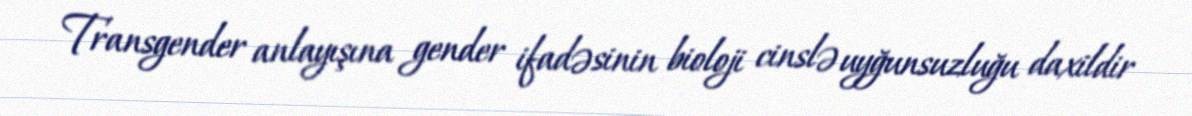
Transgender anlayışına gender ifadəsinin bioloji cinslə uyğunsuzluğu daxildir